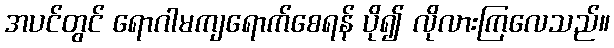
အပင်တွင် ရောဂါမကျရောက်စေရန် ပို၍ လိုလားကြလေသည်။